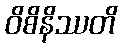
ဝိစိနိဿတိ